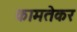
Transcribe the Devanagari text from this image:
कामतेकर